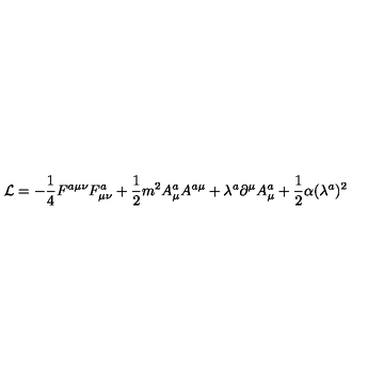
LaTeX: { \cal L } = - \frac 1 4 F ^ { a \mu \nu } F _ { \mu \nu } ^ { a } + \frac 1 2 m ^ { 2 } A _ { \mu } ^ { a } A ^ { a \mu } + \lambda ^ { a } \partial ^ { \mu } A _ { \mu } ^ { a } + \frac 1 2 \alpha ( \lambda ^ { a } ) ^ { 2 }